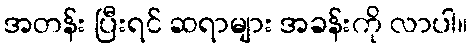
အတန်း ပြီးရင် ဆရာများ အခန်းကို လာပါ။